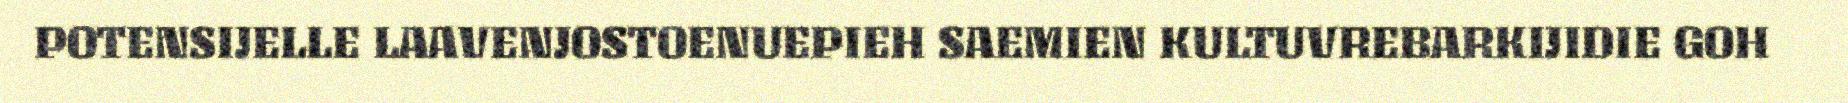
POTENSIJELLE LAAVENJOSTOENUEPIEH SAEMIEN KULTUVREBARKIJIDIE GOH